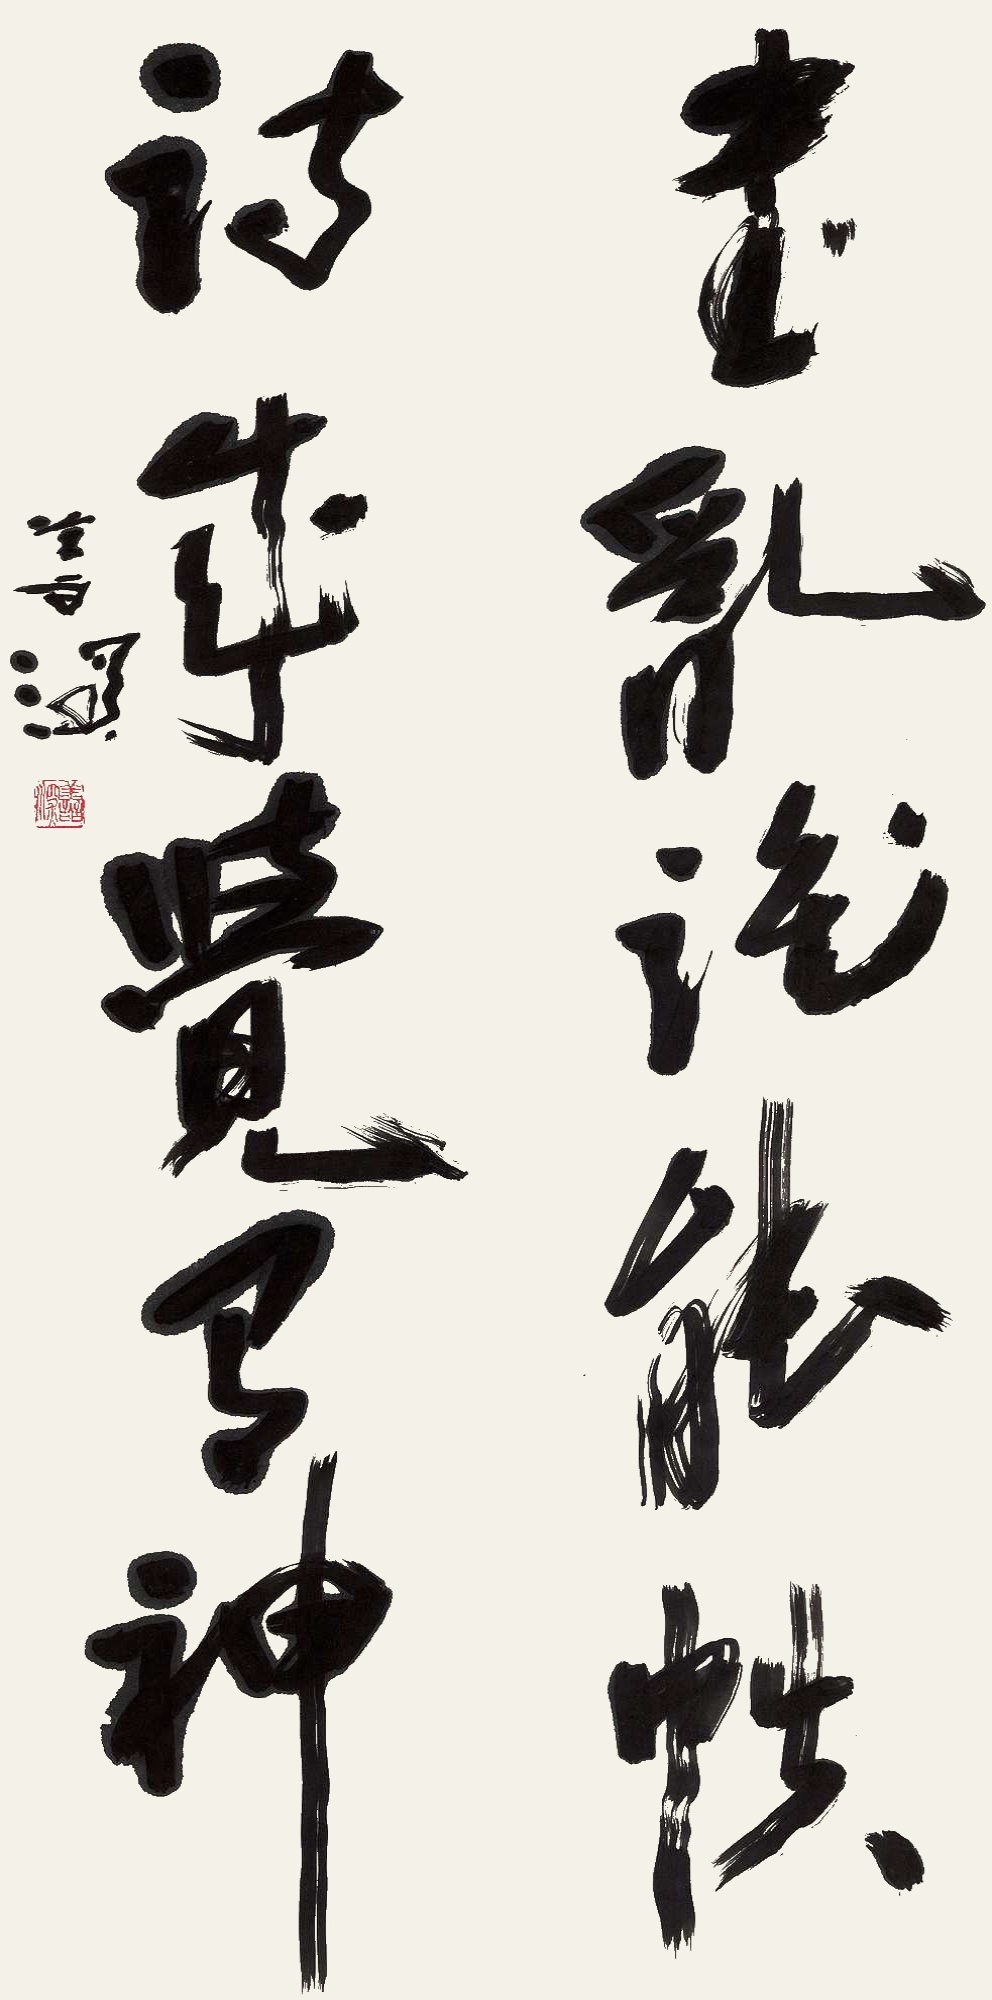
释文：书乱谁能帙，诗成觉有神。善深。